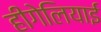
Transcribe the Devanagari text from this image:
हीगेलियाई